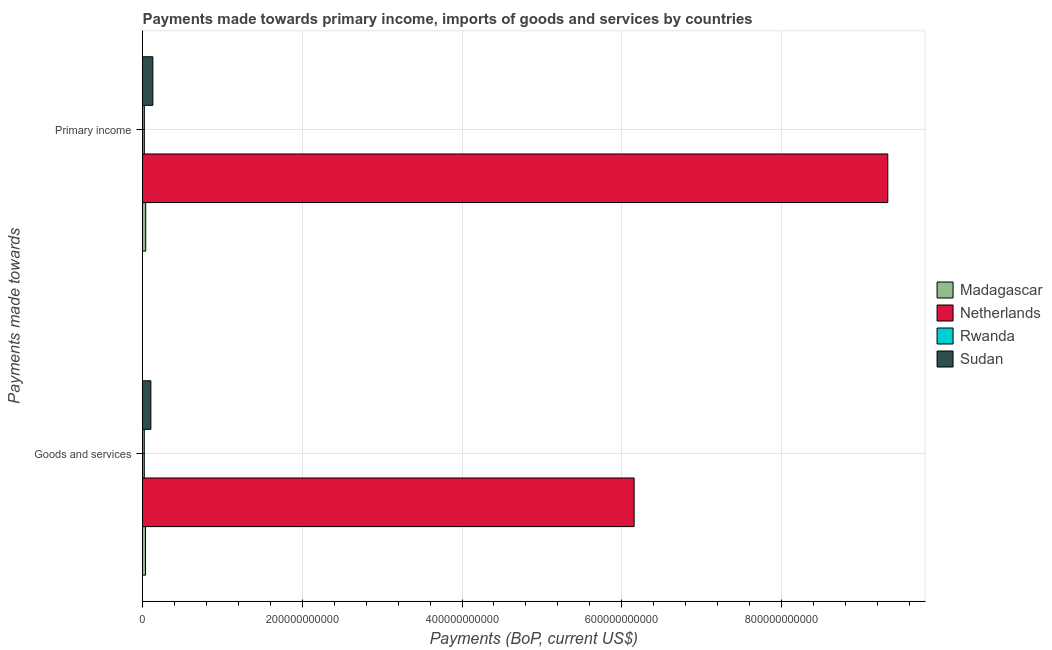
| Payments made towards | Madagascar | Netherlands | Rwanda | Sudan |
 | --- | --- | --- | --- | --- |
 | Goods and services | 3.78e+09 | 6.15e+11 | 2.22e+09 | 1.05e+10 |
 | Primary income | 4.02e+09 | 9.33e+11 | 2.29e+09 | 1.3e+10 |